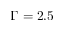
\Gamma = 2 . 5